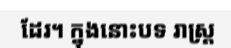
ដែរ។ ក្នុងនោះបទ រាស្ត្រ